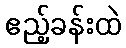
ဧည့်ခန်းထဲ